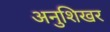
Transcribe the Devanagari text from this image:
अनुशिखर